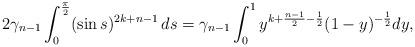
LaTeX: \begin{align*}2\gamma_{n-1}\int_0^{\frac{\pi}{2}} (\sin s)^{2k+n-1} \, ds = \gamma_{n-1}\int_0^1 y^{k+\frac{n-1}{2}-\frac{1}{2}} (1-y)^{-\frac{1}{2}} dy,\end{align*}